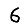
Digit: 6